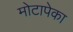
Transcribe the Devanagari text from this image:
मोटापेका